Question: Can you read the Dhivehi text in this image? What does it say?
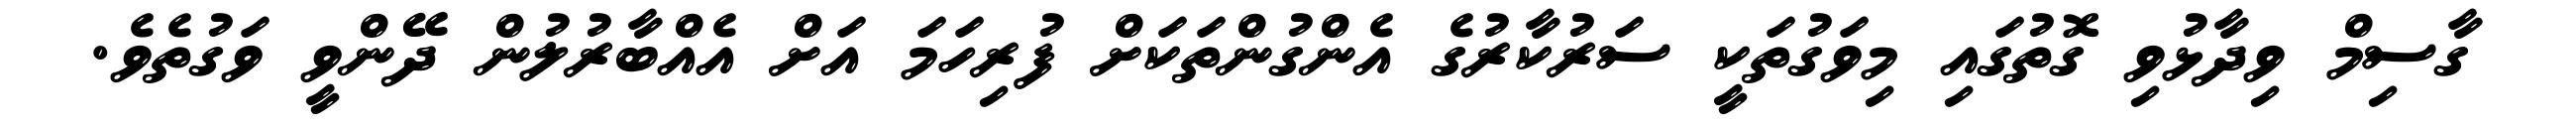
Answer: ގާސިމް ވިދާޅުވި ގޮތުގައި މިވަގުތަކީ ސަރުކާރުގެ އެންގުންތަކަށް ފުރިހަމަ އަށް އެއްބާރުލުން ދޭންވީ ވަގުތެވެ.